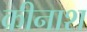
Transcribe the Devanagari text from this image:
कीनाश